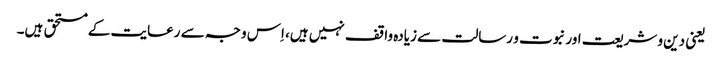
یعنی دین و شریعت اور نبوت و رسالت سے زیادہ واقف نہیں ہیں، اِس وجہ سے رعایت کے مستحق ہیں۔